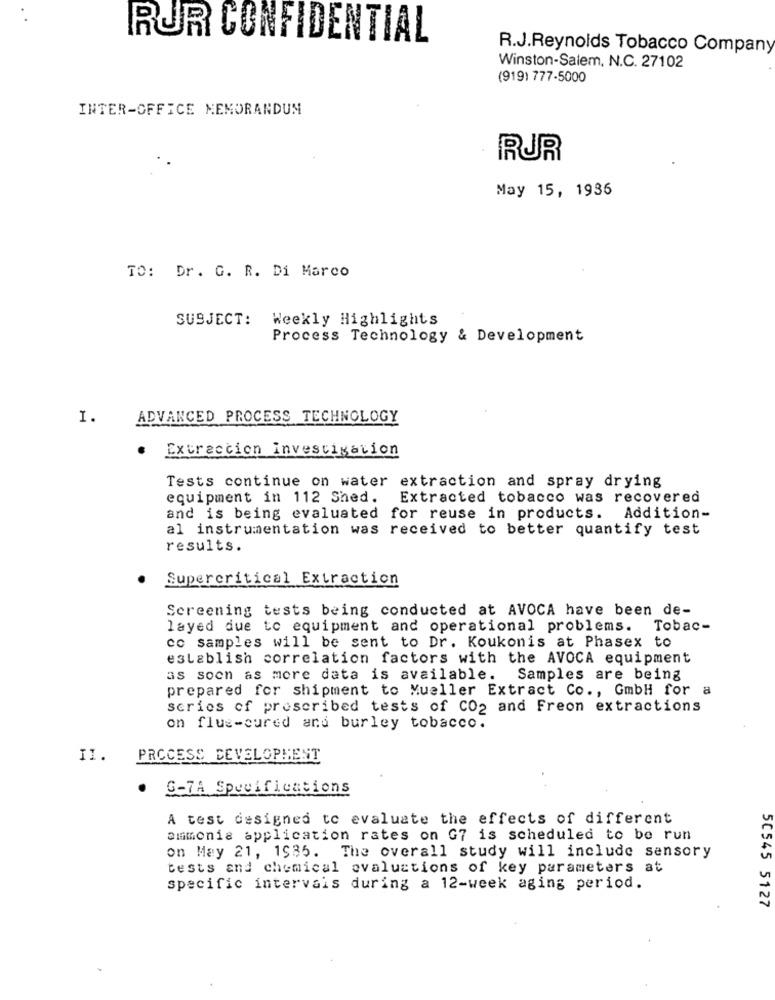
RUR CONFIDENTIAL
R.J.Reynolds Tobacco Company
Winston-Salem, N.C. 27102
(919) 777-5000
INTER-OFFICE MEMORANDUM
RUR
May 15, 1936
TO: Dr. G. R. Di Marco
SUBJECT: Weekly Highlights
Process Technology & Development
I.
ADVANCED PROCESS TECHNOLOGY
Extraction Investigation
.
Tests continue on water extraction and spray drying
equipment in 112 Shed.
Extracted tobacco was recovered
and is being evaluated for reuse in products. Addition-
al instrumentation was received to better quantify test
results.
Supercritical Extraction
Screening tests being conducted at AVOCA have been de-
layed due to equipment and operational problems. Tobac-
cc samples will be sent to Dr. Koukonis at Phasex to
establish correlation factors with the AVOCA equipment
as soon as more data is available. Samples are being
prepared for shipment to Mueller Extract Co ., GmbH for a
series of prescribed tests of CO2 and Freon extractions
on flue-cured and burley tobacco.
I1.
PROCESS DEVELOPMENT
.
G-7A Specifications
A test designed to evaluate the effects of different
ammonia application rates on G7 is scheduled to be run
on May 21, 1985. The overall study will include sensory
tests and chemical evaluations of key parameters at
specific intervais during a 12-week aging period.
50545 5127